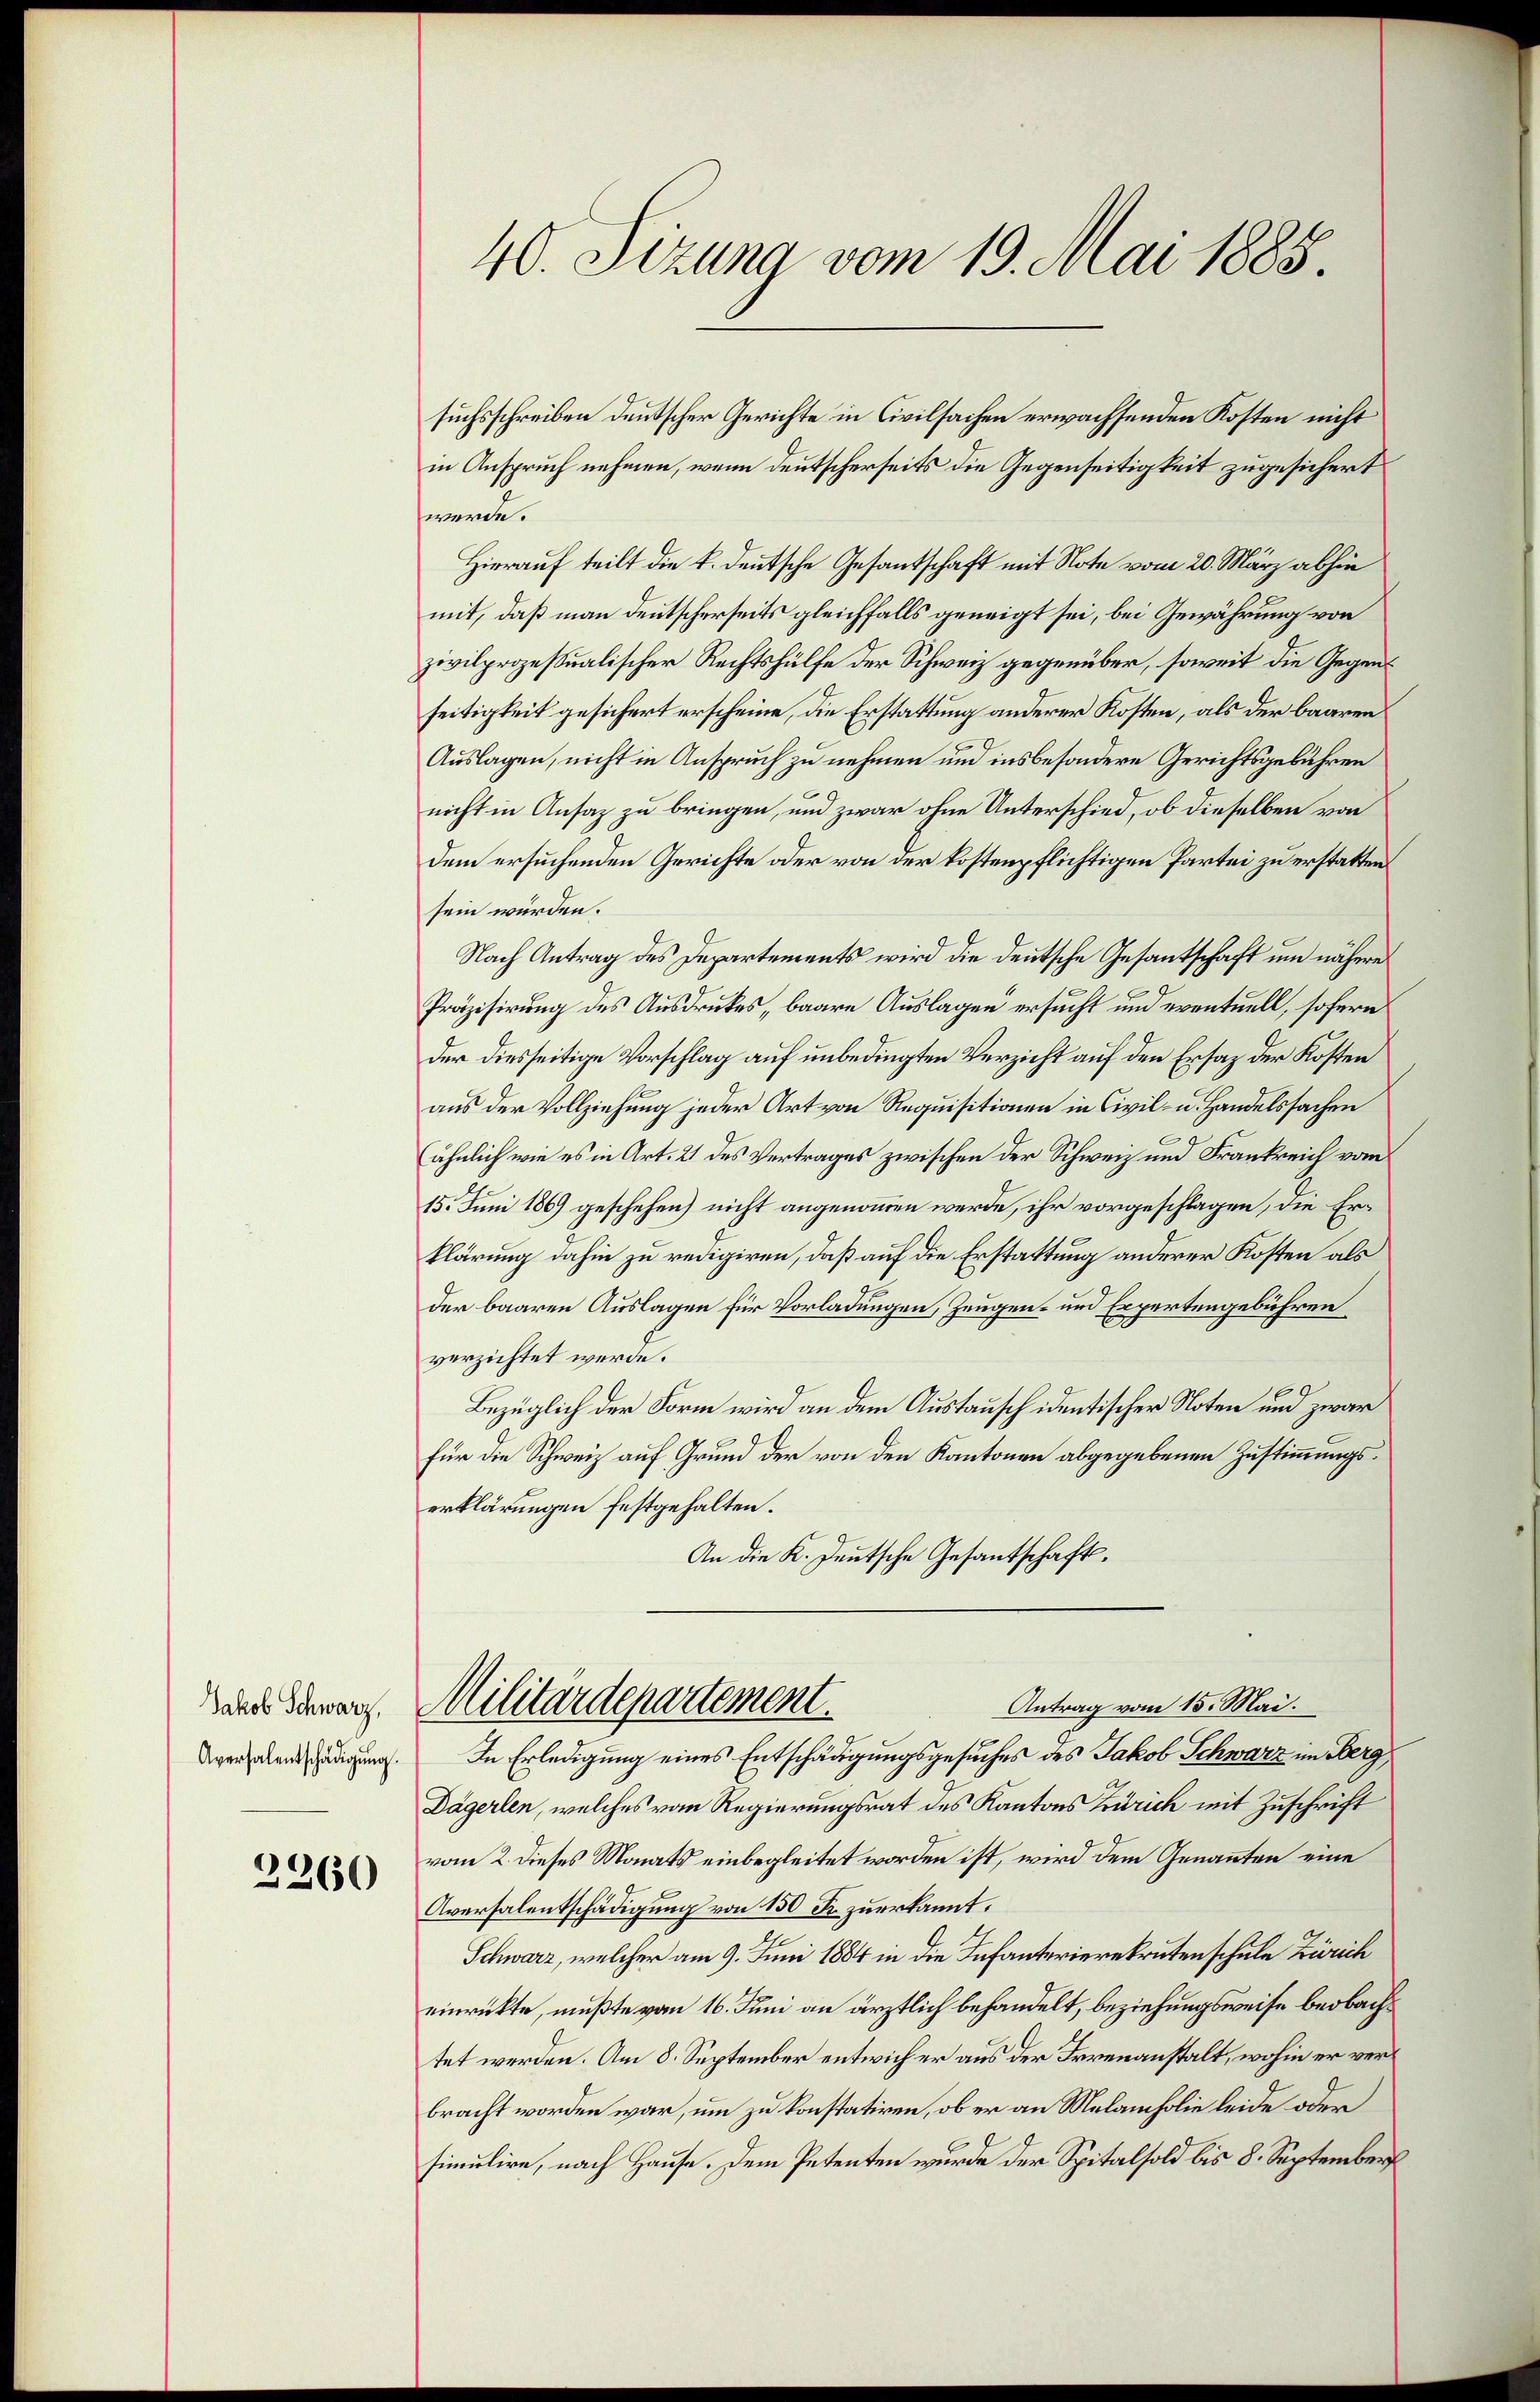
Jakob Schwarz,
Aversalentschädigung.

2260

40. Sizung vom 19. Mai 1885.

suchsschreiben deutscher Gerichte in Civilsachen erwachsenden Kosten nicht
in Anspruch nehmen, wenn deutscherseits die Gegenseitigkeit zugesichert
werde.
Hierauf teilt die k. deutsche Gesandschaft mit Note vom 20. März abhin
mit, daß man deutscherseits gleichfalls geneigt sei, bei Gewährung von
zivilprozessualischer Rechtshülfe der Schweiz gegenüber, soweit die Gegenseitigkeit gesichert erscheine, die Erstattung anderer Kosten, als der baaren
Auslagen, nicht in Anspruch zu nehmen und insbesondere Gerichtsgebühren
nicht in Ansaz zu bringen, und zwar ohne Unterschied, ob dieselben von
dem ersuchenden Gerichte oder von der kostenpflichtigen Partei zu erstatten
sein würden.
Nach Antrag des Departements wird die deutsche Gesantschaft um nähere
Präzisirung des Ausdruckes baare Auslagen ersucht und eventuell, sofern
der diesseitige Vorschlag auf unbedingten Verzicht auf den Ersatz der Kosten
aus der Vollziehung jeder Art von Requisitionen in Civil- u. Handelssachen
(ähnlich wie es in Art. 21 des Vertrages zwischen der Schweiz und Frankreich vom
15. Juni 186) geschehen) nicht angenommen werde, ihr vorgeschlagen, die Erklärung dahin zu redigiren, daß auf die Erstattung anderer Kosten als
der baaren Auslagen für Vorladungen, Zeugen- und Expertengebühren
verzichtet werde.
Bezüglich der Form wird an dem Austausch identischer Noten und zwar
für die Schweiz auf Grund der von den Kantonen abgegebenen Zustimmungserklärungen festgehalten.
An die K. Deutsche Gesantschaft.
Antrag vom 15. Mai.
Militärdepartement.
In Erledigung eines Entschädigungsgesuches des Jakob Schwarz im Berg¬
Dägerlen, welches vom Regierungsrat des Kantons Zürich mit Zuschrift
vom 2. dieses Monats einbegleitet worden ist, wird dem Genannten eine
Aversalentschädigung von 150 Fr. zuerkannt.
Schwarz, welcher am 9. Juni 1884 in die Infanterierekruten schule Zürich
einrückte, mußte vom 16. Juni an ärztlich behandelt, beziehungsweise beobachtet werden. Am 8. September entwicher aus der Irrenanstalt, wohin er verbracht worden war, um zu konstatiren, ob er an Melancholie leide oder
simulire, nach Hause. Dem Petenten wurde der Spitalsold bis 8. September